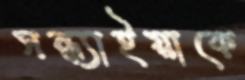
সন্ধ্যাইয়াকে